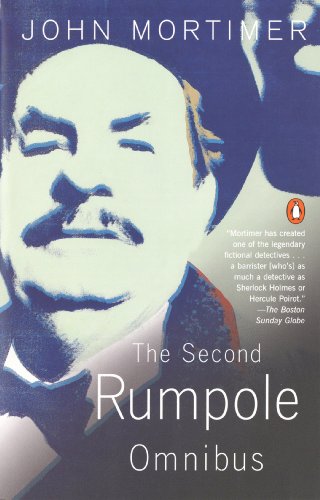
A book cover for The Second Rumpole Omnibus; John Mortimer; Mystery, Thriller & Suspense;